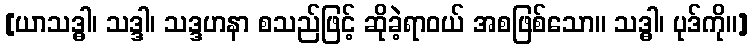
[ယာသဒ္ဓါ၊ သဒ္ဒါ၊ သဒ္ဒဟနာ စသည်ဖြင့် ဆိုခဲ့ရာဝယ် အစဖြစ်သော။ သဒ္ဓါ၊ ပုဒ်ကို။]